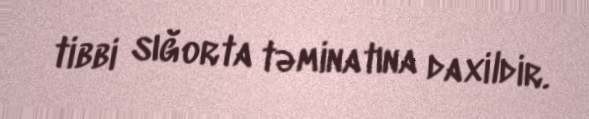
tibbi sığorta təminatına daxildir.